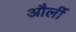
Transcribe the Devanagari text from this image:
और्ली